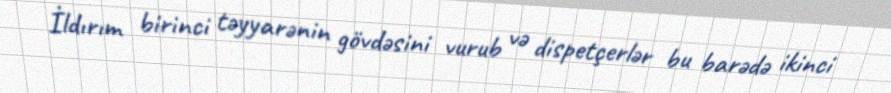
İldırım birinci təyyarənin gövdəsini vurub və dispetçerlər bu barədə ikinci